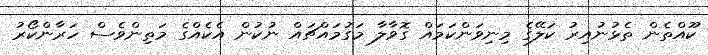
ކޫއްތެން ތެޅުނުއިރު ކަލޭގެ މިނިވަންކަމައް ގޮވާލާ މަގުމައްޗައް ނުކުން އެކެއްގެ މަތިންވެސް ހަރާންކޯރު